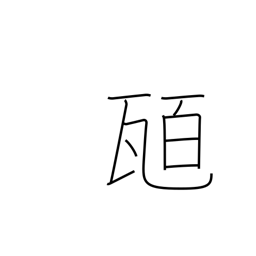
Meaning: hundred grams